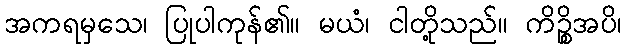
အကရမှသေ၊ ပြုပါကုန်၏။ မယံ၊ ငါတို့သည်။ ကိဉ္စိအပိ၊